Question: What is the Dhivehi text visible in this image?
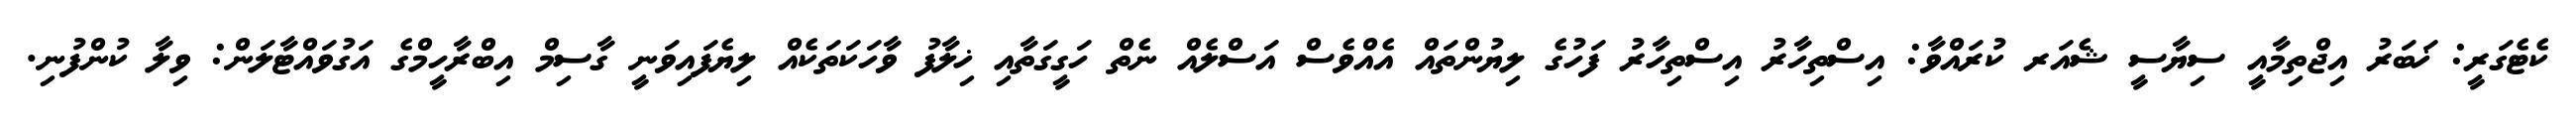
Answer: ކެޓެގަރީ: ޚަބަރު އިޖްތިމާއީ ސިޔާސީ ޝެއަރ ކުރައްވާ: އިސްތިހާރު އިސްތިހާރު ފަހުގެ ލިޔުންތައް އެއްވެސް އަސްލެއް ނެތް ހަގީގަތާއި ޚިލާފު ވާހަކަތަކެއް ލިޔެފައިވަނީ ގާސިމް އިބްރާހީމްގެ އަގުވައްޓާލަން: ވިލާ ކުންފުނި.